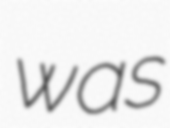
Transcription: was